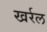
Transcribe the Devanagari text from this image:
खर्रल